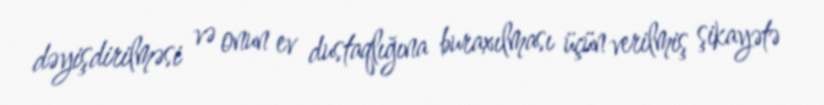
dəyişdirilməsi və onun ev dustaqlığına buraxılması üçün verilmiş şikayətə